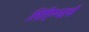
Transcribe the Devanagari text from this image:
लिहिण्याचें